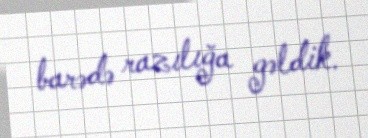
barədə razılığa gəldik.